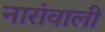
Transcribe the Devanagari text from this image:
नारांवाली